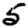
Digit: 5